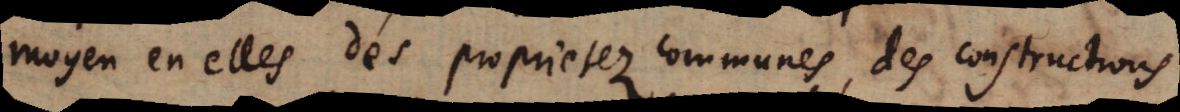
moyen en elles des proprietez communes, des constructrons